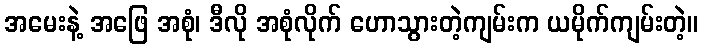
အမေးနဲ့ အဖြေ အစုံ၊ ဒီလို အစုံလိုက် ဟောသွားတဲ့ကျမ်းက ယမိုက်ကျမ်းတဲ့။